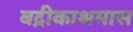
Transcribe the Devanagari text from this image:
बद्रीकाश्रमास